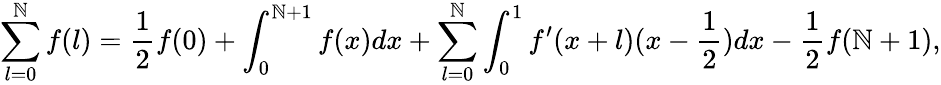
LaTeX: \sum_{l=0}^{\mathbb{N}}f(l)=\frac{{1}}{{2}}f(0)+\int_{0}^{\mathbb{N}+1}f(x)dx+\sum_{l=0}^{\mathbb{N}}\int_{0}^{1}f^{\prime}(x+l)(x-\frac{{1}}{{2}})dx-\frac{{1}}{{2}}f(\mathbb{N}+1),